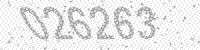
Solution: 026263